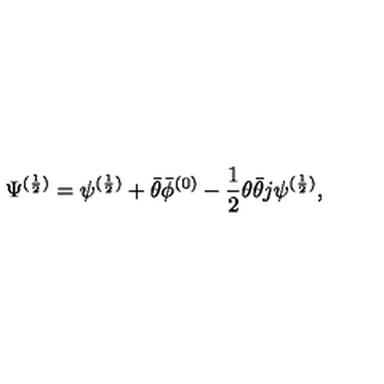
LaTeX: \Psi ^ { ( \frac { 1 } { 2 } ) } = \psi ^ { ( \frac { 1 } { 2 } ) } + \bar { \theta } \bar { \phi } ^ { ( 0 ) } - \frac { 1 } { 2 } \theta \bar { \theta } j \psi ^ { ( \frac { 1 } { 2 } ) } ,